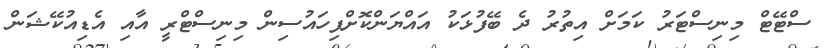
ސްޓޭޓް މިނިސްޓަރު ކަމަށް އިތުރު ދެ ބޭފުޅަކު އައްޔަންކޮށްފިހައުސިން މިނިސްޓްރީ އާއި އެޑިއުކޭޝަން